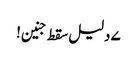
۷ دلیل سقط جنین!